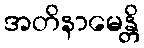
အတိနာမေန္တိ